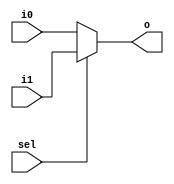
module mux2by1_5bit(
input [4:0]i0,
input [4:0]i1,
input sel,
output [4:0]o
    );

assign o = sel ? i1 : i0 ;

endmodule